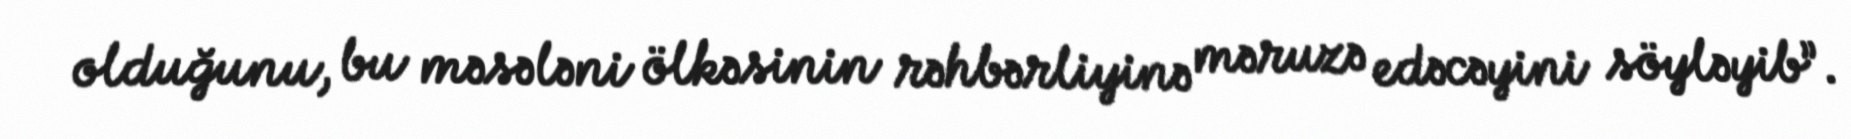
olduğunu, bu məsələni ölkəsinin rəhbərliyinə məruzə edəcəyini söyləyib”.